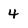
Character: 4